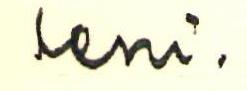
leni.